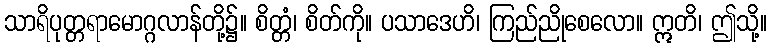
သာရိပုတ္တရာမောဂ္ဂလာန်တို့၌။ စိတ္တံ၊ စိတ်ကို။ ပသာဒေဟိ၊ ကြည်ညိုစေလော။ ဣတိ၊ ဤသို့။